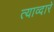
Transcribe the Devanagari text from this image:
त्याव्दारे